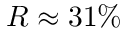
R \approx 3 1 \%